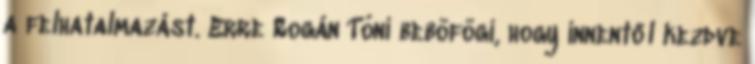
a felhatalmazást. Erre Rogán Tóni beböfögi, hogy innentől kezdve